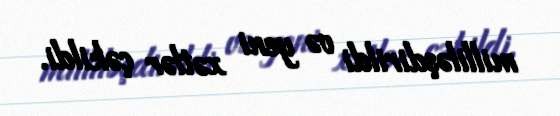
milliləşdirildi və yeni xətlər çəkildi.